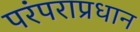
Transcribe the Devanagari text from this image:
परंपराप्रधान